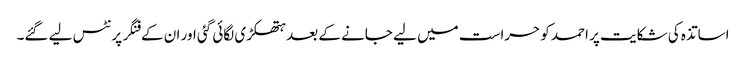
اساتذہ کی شکایت پر احمد کو حراست میں لیے جانے کے بعد ہتھکڑی لگائی گئی اور ان کے فنگر پرنٹس لیے گئے۔